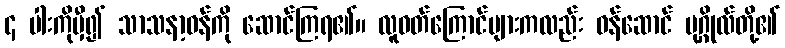
၄ ပါးကိုမှီ၍ သာသနာ့ဝန်ကို ဆောင်ကြရ၏။ လူဝတ်ကြောင်များကလည်း ဝန်ဆောင် ပုဂ္ဂိုလ်တို့၏